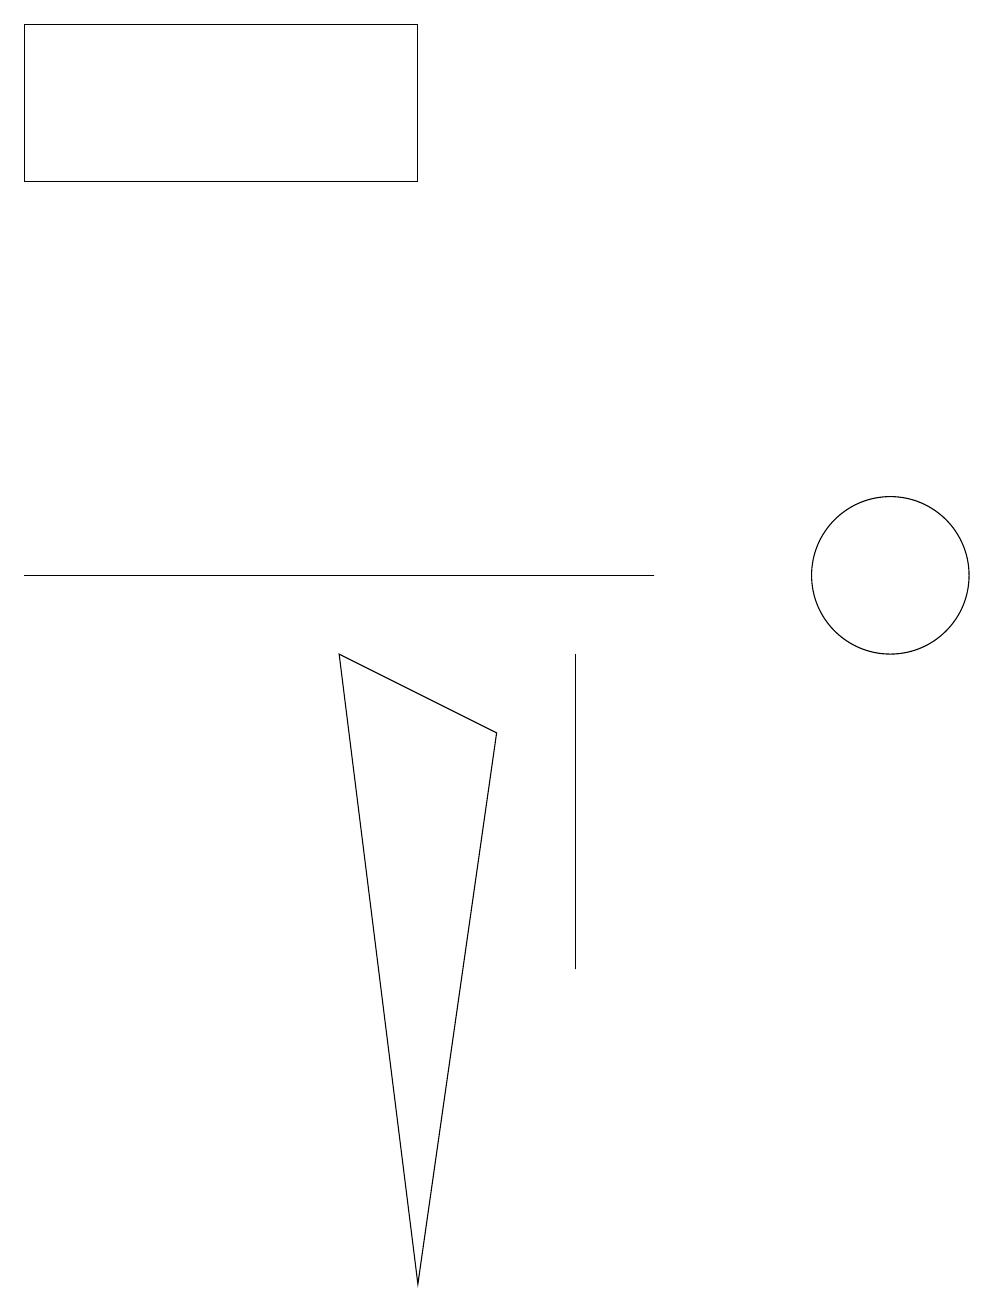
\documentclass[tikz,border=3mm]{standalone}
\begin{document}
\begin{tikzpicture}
\draw (4,9) -- (6,8) -- (5,1) -- cycle;
\draw (7,5) -- (7,7) -- (7,9) -- cycle;
\draw (5,15) rectangle (0,17);
\draw (0,10) rectangle (8,10);
\draw (11,10) circle (1);
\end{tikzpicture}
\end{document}